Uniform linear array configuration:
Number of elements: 64
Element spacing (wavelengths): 0.25
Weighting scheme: binomial
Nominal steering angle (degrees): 60
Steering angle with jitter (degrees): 60.417
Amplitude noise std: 0.05
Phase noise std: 0.05

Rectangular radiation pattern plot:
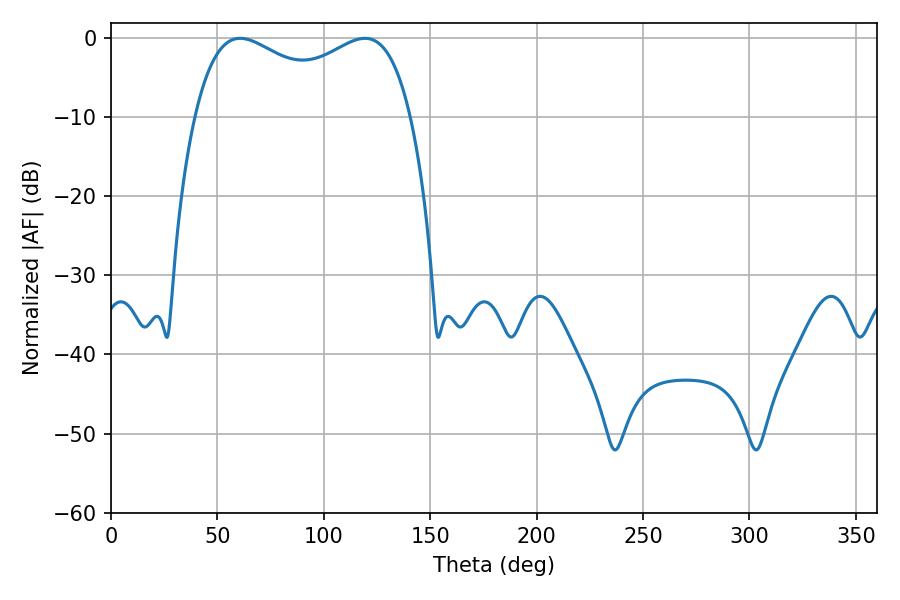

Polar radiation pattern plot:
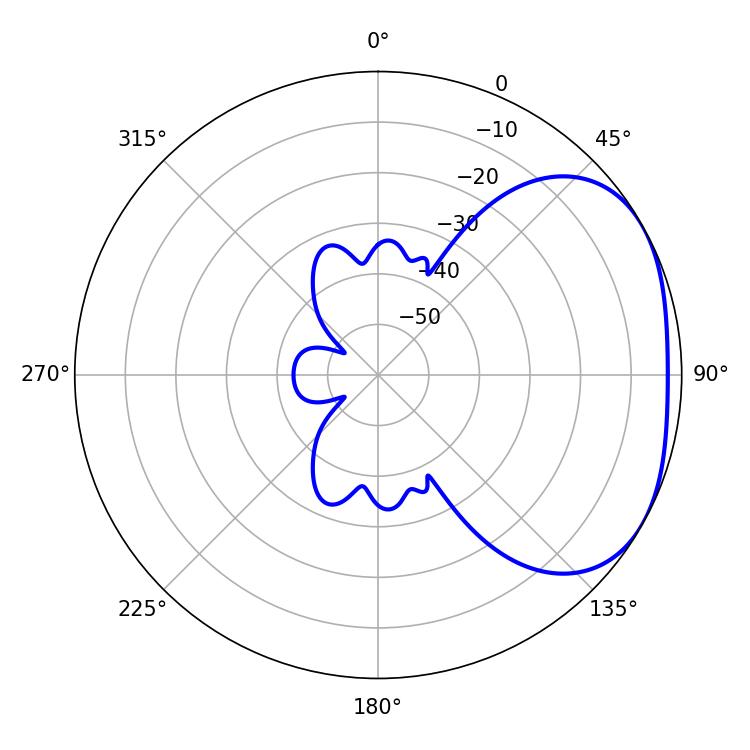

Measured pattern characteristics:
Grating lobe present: FALSE
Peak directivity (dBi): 2.687
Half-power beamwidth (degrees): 84.24
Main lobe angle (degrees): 60.66